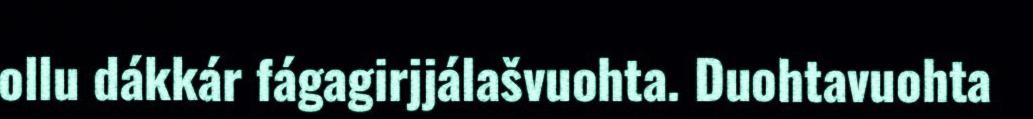
ollu dákkár fágagirjjálašvuohta. Duohtavuohta